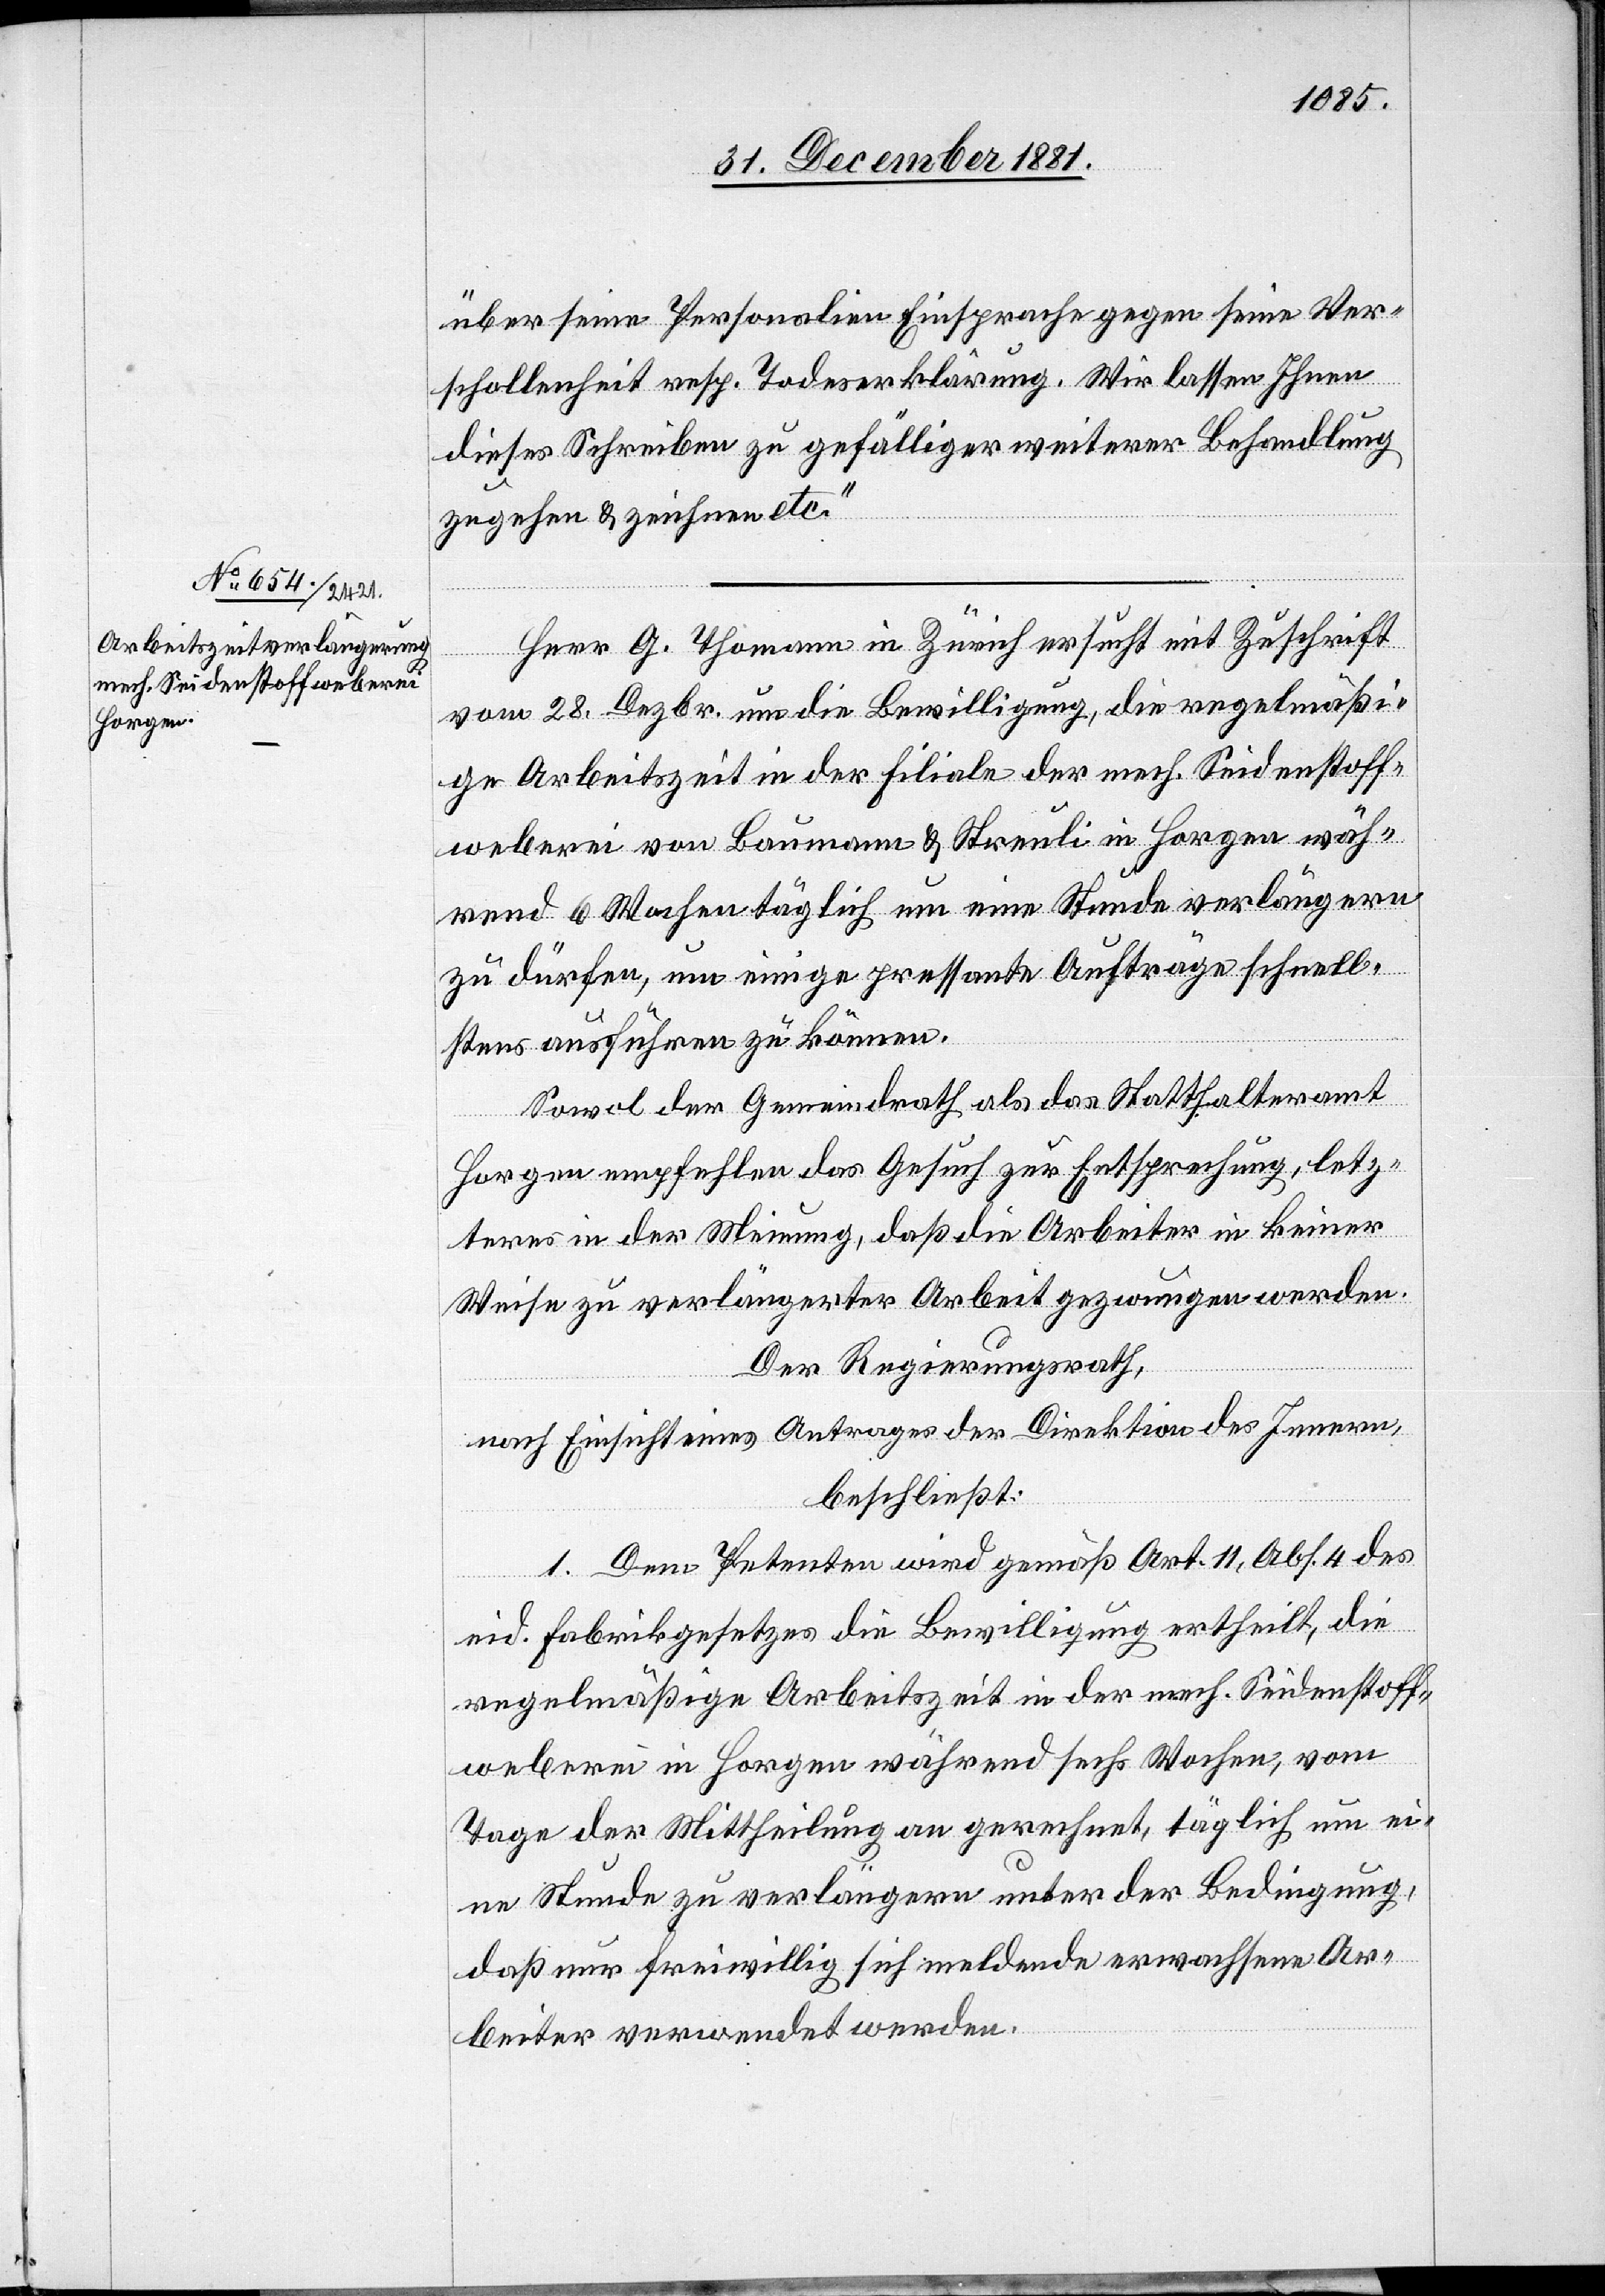
über seine Personalien Einsprache gegen seine Ver¬
schollenheit resp. Todeserklärung. Wir lassen Ihnen
dieses Schreiben zu gefälliger weiterer Behandlung
zugehen & zeichnen etc.“
Herr G. Thomann in Zürich ersucht mit Zuschrift
vom 28. Dezbr. um die Bewilligung, die regelmäßi¬
ge Arbeitszeit in der Filiale der mech. Seidenstoff¬
weberei von Baumann & Streuli in Horgen wäh¬
rend 6 Wochen täglich um eine Stunde verlängern
zu dürfen, um einige pressante Aufträge schnell¬
stens ausführen zu können.
Sowol der Gemeindrath als das Statthalteramt
Horgen empfehlen das Gesuch zur Entsprechung, letz¬
teres in der Meinung, daß die Arbeiter in keiner
Weise zu verlängerter Arbeit gezwungen werden.
Der Regierungsrath,
nach Einsicht eines Antrages der Direktion des Innern,
beschließt:
1. Dem Petenten wird gemäß Art. 11, Abs. 4 des
eid. Fabrikgesetzes die Bewilligung ertheilt, die
regelmäßige Arbeitszeit in der mech. Seidenstoff¬
weberei in Horgen während sechs Wochen, vom
Tage der Mittheilung an gerechnet, täglich um ei¬
ne Stunde zu verlängern unter der Bedingung,
daß nur freiwillig sich meldende erwachsene Ar¬
beiter verwendet werden.